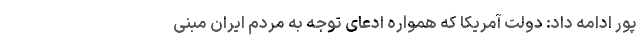
پور ادامه داد: دولت آمریکا که همواره ادعای توجه به مردم ایران مبنی